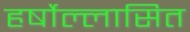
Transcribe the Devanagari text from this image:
हर्षोल्लासित